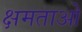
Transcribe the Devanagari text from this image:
क्षमताओ